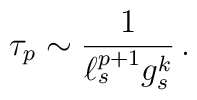
\tau_p \sim {1\over \ell_s^{p+1} g_s^k}\, .